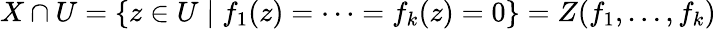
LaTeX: X\cap U=\{ z\in U\mid f_{1}(z)=\cdots=f_{k}(z)=0\} =Z(f_{1},\dots,f_{k})